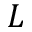
L